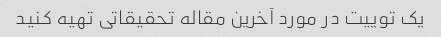
یک توییت در مورد آخرین مقاله تحقیقاتی تهیه کنید